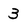
Character: 3